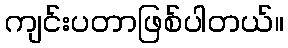
ကျင်းပတာဖြစ်ပါတယ်။